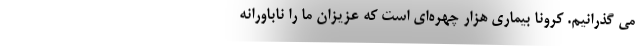
می گذرانیم. کرونا بیماری هزار چهره‌ای است که عزیزان ما را ناباورانه